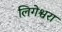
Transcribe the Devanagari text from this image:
लिगेश्वरा